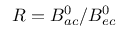
R = B _ { a c } ^ { 0 } / B _ { e c } ^ { 0 }